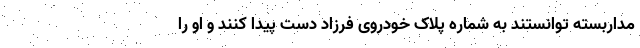
مداربسته توانستند به شماره پلاک خودروی فرزاد دست پیدا کنند و او را